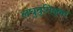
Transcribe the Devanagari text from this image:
लघुवृत्तियुक्त